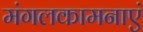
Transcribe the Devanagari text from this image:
मंगलकामनाएं